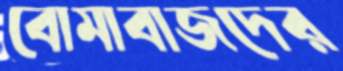
বোমাবাজদের